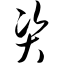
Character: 资